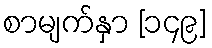
စာမျက်နှာ [၁၄၉]